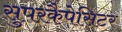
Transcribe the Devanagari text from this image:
सुपरकैपेसिटर